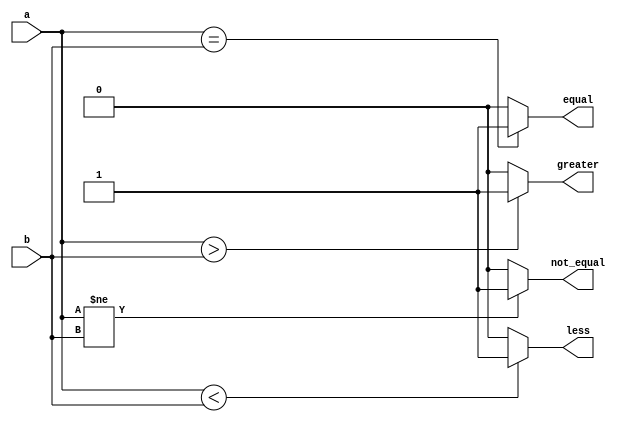
module comparator(input [3:0]a,b,output greater,less,equal,not_equal);
assign greater=(a>b)?1'b1:1'b0;
assign less=(a<b)?1'b1:1'b0;
assign equal=(a==b)?1'b1:1'b0;
assign not_equal=(a!=b)?1'b1:1'b0;
endmodule